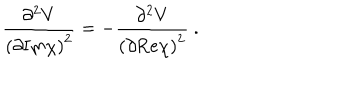
\frac { \partial ^ { 2 } V } { \left( \partial \mathrm { I m } \chi \right) ^ { 2 } } = - \frac { \partial ^ { 2 } V } { \left( \partial \mathrm { R e } \chi \right) ^ { 2 } } \ .